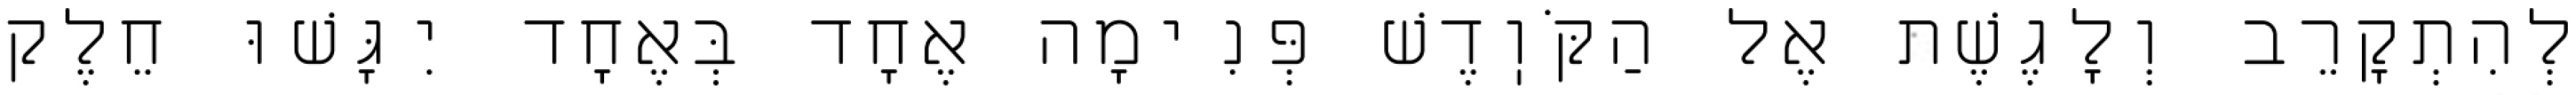
לְהִתְקָרֵב וְלָגֶשֶׁת אֶל הַקֹּוֽדֶשׁ פְּנִימָה אֶחָד בְּאֶחָד יִגָּשׁוּ חֵלֶק